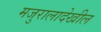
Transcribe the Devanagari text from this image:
मजुरालादेखील